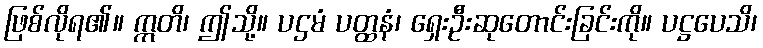
ဖြစ်လိုရ၏။ ဣတိ၊ ဤသို့။ ပဌမံ ပတ္ထနံ၊ ရှေးဦးဆုတောင်းခြင်းကို။ ပဋ္ဌပေသိ၊